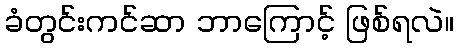
ခံတွင်းကင်ဆာ ဘာကြောင့် ဖြစ်ရလဲ။